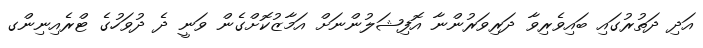
އަދި ދަތުރުގައި ބައިވެރިވާ ދަރިވަރުންނާ އޮފިޝަލުންނަށް އަމާޒުކޮށްގެން ވަނީ ދެ ދުވަހުގެ ޓްރެއިނިންގ